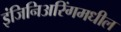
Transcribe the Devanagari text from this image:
इंजिनिअरिंगमधील